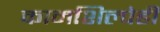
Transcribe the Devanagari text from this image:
कामशिल्पेही